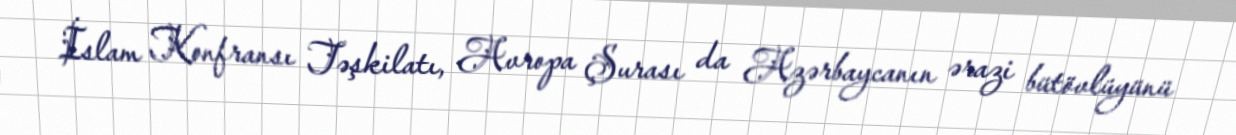
İslam Konfransı Təşkilatı, Avropa Şurası da Azərbaycanın ərazi bütövlüyünü